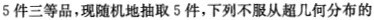
5件三等品，现随机地抽取5件，下列不服从超几何分布的